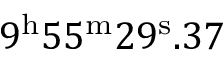
9 ^ { \mathrm { h } } 5 5 ^ { \mathrm { m } } 2 9 ^ { \mathrm { s } } . 3 7